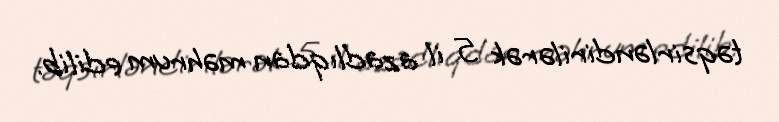
təqsirləndirilərək 5 il azadlıqdan məhrum edilib.